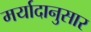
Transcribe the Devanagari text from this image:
मर्यादानुसार